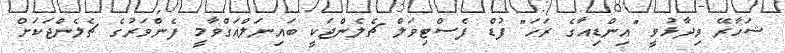
ޝަހާރޭ ވިދާޅުވީ "އިންޑިއާގެ ރަހަ" ފުޑް ފެސްޓިވަލް ޗެލެންޖަކީ ބައިނަލްއަގްވާމީ ފެންވަރުގެ ޗެލެންޖަކަށް